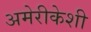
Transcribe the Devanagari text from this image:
अमेरीकेशी